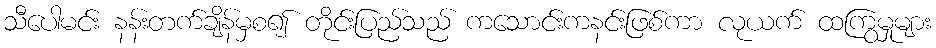
သီပေါမင်း နန်းတက်ချိန်မှစ၍ တိုင်းပြည်သည် ကသောင်းကနင်းဖြစ်ကာ လုယက် ထကြွမှုများ